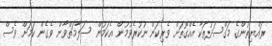
ރައްޔިތުންގެ މަގްސަދުތަކާ އެއްގޮތަށް ވެރިކަން ނުކުރެވުމުން އެކަމުން ސަލާމަތްވާން ވެގެން ކަމަށް ވެސް